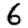
Digit: 6